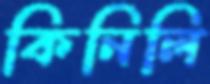
কিনিলি